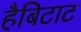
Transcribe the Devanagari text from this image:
हैबिटाट